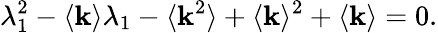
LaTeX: \lambda_{1}^{2}-\langle\mathbf{k}\rangle\lambda_{1}-\langle\mathbf{k}^{2}\rangle+\langle\mathbf{k}\rangle^{2}+\langle\mathbf{k}\rangle=0.